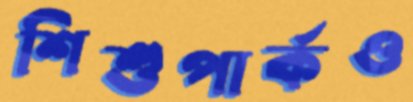
শিশুপার্কও